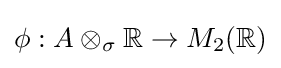
\phi :A\otimes _{\sigma }\mathbb {R} \to M_{2}(\mathbb {R} )